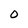
Character: 0